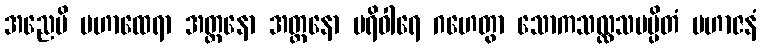
အညေပိ မဟာထေရာ အတ္တနော အတ္တနော ပရိဝါရေ ဂဟေတွာ သောကသလ္လသမပ္ပိတံ မဟာဇနံ